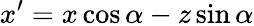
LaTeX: x^{\prime}=x\cos\alpha-z\sin\alpha